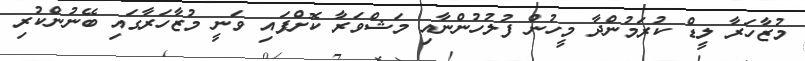
މުޒާހަރާ ލީޑް ކުރަމުންދާ މީހުން ފުލުހުންނާއި މަޝްވަރާ ކޮށްފައި ވަނީ މުޒާހަރާގައި ބޭނުންކުރި